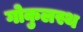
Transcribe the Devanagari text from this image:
गोकुलस्थ